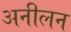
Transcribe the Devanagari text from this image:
अनीलन